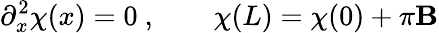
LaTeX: \partial_{x}^{2}\chi(x)=0\ ,\qquad\chi(L)=\chi(0)+\pi\mathbf{B}